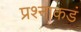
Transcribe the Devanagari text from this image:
प्रश्नाकडं